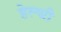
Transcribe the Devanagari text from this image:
हेल्थी